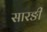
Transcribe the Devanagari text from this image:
सारङी